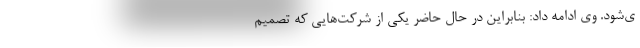
ی‌شود. وی ادامه داد: بنابراین در حال حاضر یکی از شرکت‌هایی که تصمیم